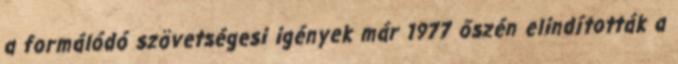
a formálódó szövetségesi igények már 1977 őszén elindították a